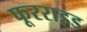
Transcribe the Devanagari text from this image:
फूरराइड